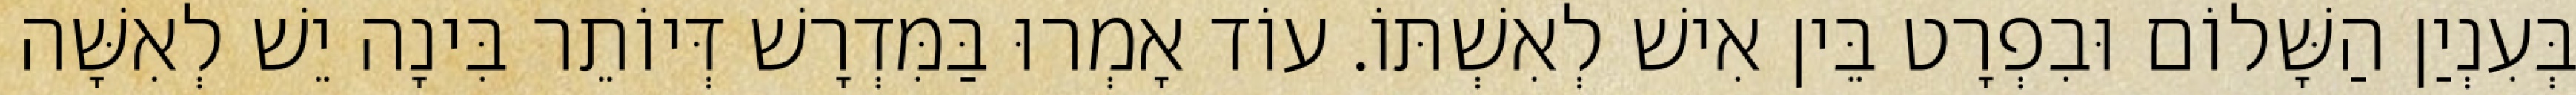
בְּעִנְיַן הַשָּׁלוֹם וּבִפְרָט בֵּין אִישׁ לְאִשְׁתּוֹ. עוֹד אָמְרוּ בַּמִּדְרָשׁ דְּיוֹתֵר בִּינָה יֵשׁ לְאִשָּׁה